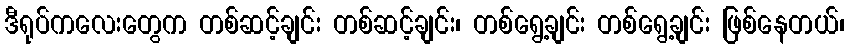
ဒီရုပ်ကလေးတွေက တစ်ဆင့်ချင်း တစ်ဆင့်ချင်း၊ တစ်ရွေ့ချင်း တစ်ရွေ့ချင်း ဖြစ်နေတယ်၊